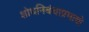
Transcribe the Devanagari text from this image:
शोधनिबंधाप्रमाणे